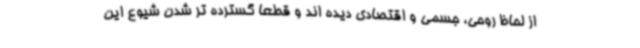
از لحاظ روحی، جسمی و اقتصادی دیده اند و قطعا گسترده تر شدن شیوع این